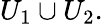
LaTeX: U_{1}\cup U_{2}.